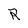
Character: R